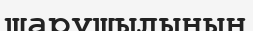
шарушылының